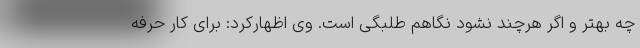
چه بهتر و اگر هرچند نشود نگاهم طلبگی است. وی اظهارکرد: برای کار حرفه